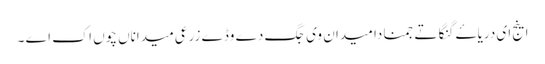
اینج ای دریاۓ گنگا تے جمنا دا میدان وی جگ دے وڈے زرعی میداناں چوں اک اے ۔